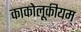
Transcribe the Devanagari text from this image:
काकोलूकीयम्